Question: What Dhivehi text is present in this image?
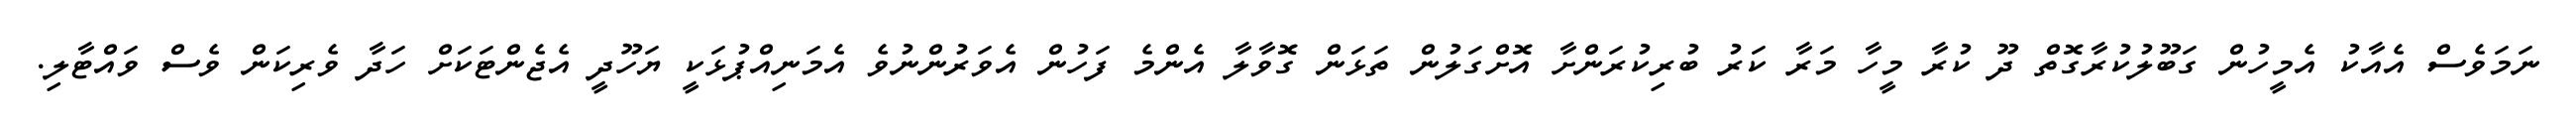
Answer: ނަމަވެސް އެއާކު އެމީހުން ގަބޫލުކުރާގޮތް ދޫ ކުރާ މީހާ މަރާ ކަރު ބުރިކުރަންށާ އޮށްގަލުން ތަޅަން ގޮވާލާ އެންމެ ފަހުން އެވަރުންނުވެ އެމަނިއްޕުޅަކީ ޔަހޫދީ އެޖެންޓަކަށް ހަދާ ވެރިކަން ވެސް ވައްޓާލި.